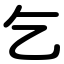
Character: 乞